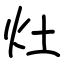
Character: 灶